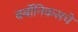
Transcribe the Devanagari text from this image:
बर्बोनिकसचे